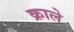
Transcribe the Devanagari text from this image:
क्राले